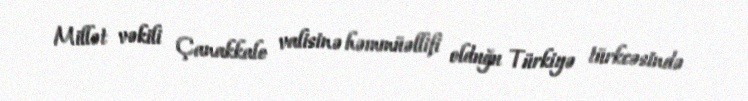
Millət vəkili Çanakkale valisinə həmmüəllifi olduğu Türkiyə türkcəsində